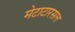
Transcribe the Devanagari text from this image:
मेटाटारसल